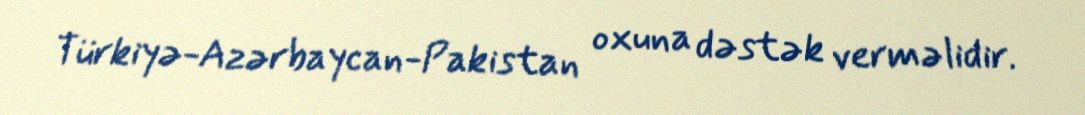
Türkiyə-Azərbaycan-Pakistan oxuna dəstək verməlidir.